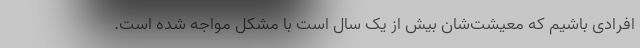
افرادی باشیم که معیشت‌شان بیش از یک سال است با مشکل مواجه شده است.